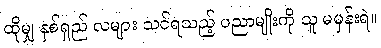
ထိုမျှ နှစ်ရှည် လများ သင်ရသည့် ပညာမျိုးကို သူ မမှန်းရဲ။